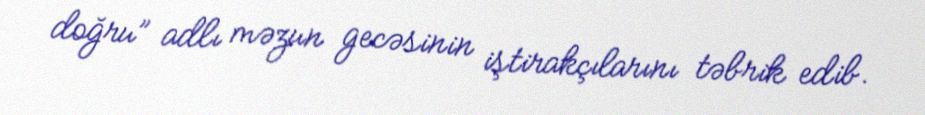
doğru” adlı məzun gecəsinin iştirakçılarını təbrik edib.